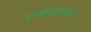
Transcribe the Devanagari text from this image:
एन्काउण्टर